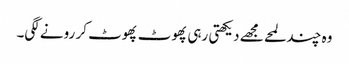
وہ چند لمحے مجھے دیکھتی رہی پھوٹ پھوٹ کر رونے لگی۔